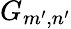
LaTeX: G_{m^{\prime},n^{\prime}}